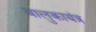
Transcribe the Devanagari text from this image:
बालुकायंत्र